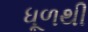
ધૂળથી